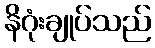
နိဂုံးချုပ်သည်